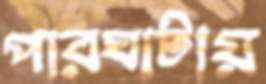
পারঘাটায়